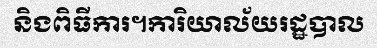
និងពិធីការ។ការិយាល័យរដ្ឋបាល